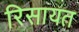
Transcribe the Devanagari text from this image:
रिसायत